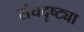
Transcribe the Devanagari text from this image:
संघदृष्ट्या